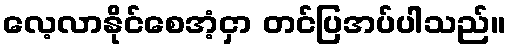
လေ့လာနိုင်စေအံ့ငှာ တင်ပြအပ်ပါသည်။